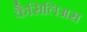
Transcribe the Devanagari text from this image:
कैसिलिअस